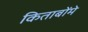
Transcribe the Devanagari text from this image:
किताबोंमे